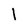
Character: l